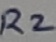
Text: R2